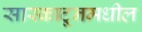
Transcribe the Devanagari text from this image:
सास्काटूनमधील